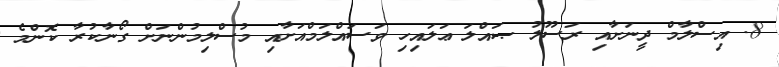
8. އިސްލާމް ދީނަށާއި ރަސޫލު ޞައްލަ ޢަލައިހި ވަސައްލަމްއަށާއި މުސްލިމުންނަށް ގޯނާކުރާ ކޮންމެ